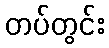
တပ်တွင်း